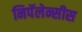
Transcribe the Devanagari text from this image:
निपॅलेन्सीस